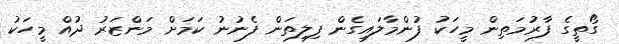
ގޯތީގެ ފާރުމަތިން މީހަކު ފުންމާލައިގެން ފިލިތަން ފެނުނު ކަމަށް މަންޒަރު ދުއް މީހަކު